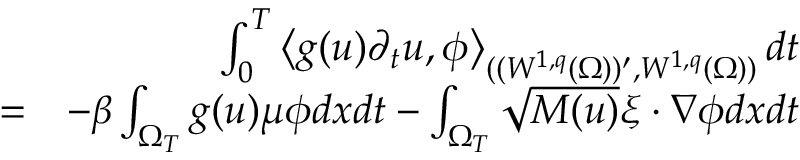
\begin{array} { r l r } & { } & { \int _ { 0 } ^ { T } \left< g ( u ) \partial _ { t } u , \phi \right> _ { ( ( W ^ { 1 , q } ( \Omega ) ) ^ { \prime } , W ^ { 1 , q } ( \Omega ) ) } d t } \\ & { = } & { - \beta \int _ { \Omega _ { T } } g ( u ) \mu \phi d x d t - \int _ { \Omega _ { T } } \sqrt { M ( u ) } \xi \cdot \nabla \phi d x d t } \end{array}